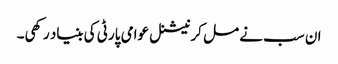
ان سب نے مل کر نیشنل عوامی پارٹی کی بنیاد رکھی۔